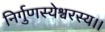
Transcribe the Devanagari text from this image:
निर्गुणस्येश्वरस्य।।